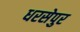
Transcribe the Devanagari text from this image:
धरसेपुर